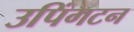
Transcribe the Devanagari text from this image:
उपिंगटन